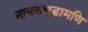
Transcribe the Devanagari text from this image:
नायकचूडामणि